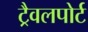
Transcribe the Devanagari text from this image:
ट्रैवलपोर्ट